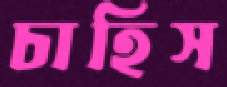
চাহিস